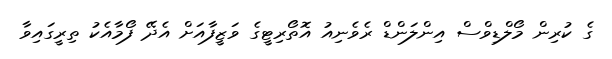
ގެ ކުރިން މޯލްޑިވްސް އިންލަންޑް ރެވެނިއު އޮތޯރިޓީގެ ވަޒީފާއަށް އެދޭ ފޯމާއެކު ތިރީގައިވާ